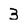
Character: 3